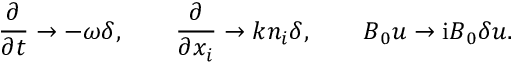
\frac { \partial } { \partial t } \rightarrow - \omega \delta , \qquad \frac { \partial } { \partial x _ { i } } \rightarrow k n _ { i } \delta , \qquad \boldsymbol { B } _ { 0 } \boldsymbol { u } \rightarrow \mathrm { i } \boldsymbol { B } _ { 0 } \delta \boldsymbol { u } .